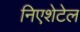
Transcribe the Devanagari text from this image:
निएशेटेल